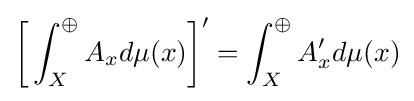
{\bigg [}\int _{X}^{\oplus }A_{x}d\mu (x){\bigg ]}'=\int _{X}^{\oplus }A'_{x}d\mu (x)